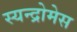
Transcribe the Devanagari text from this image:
स्यन्द्रोमेस